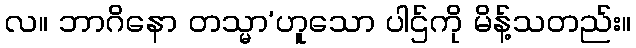
လ။ ဘာဂိနော တသ္မာ’ဟူသော ပါဌ်ကို မိန့်သတည်း။